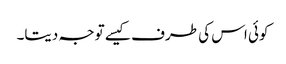
کوئی اس کی طرف کیسے توجہ دیتا۔